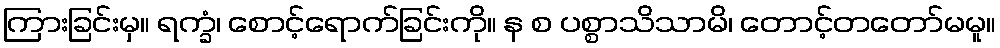
ကြားခြင်းမှ။ ရက္ခံ၊ စောင့်ရောက်ခြင်းကို။ န စ ပစ္စာသိသာမိ၊ တောင့်တတော်မမူ။